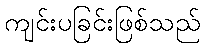
ကျင်းပခြင်းဖြစ်သည်